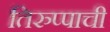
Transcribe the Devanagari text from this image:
तिरुप्पाची